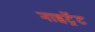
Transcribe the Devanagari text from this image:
नाइट्रेंट